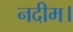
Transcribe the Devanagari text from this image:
नदीम।